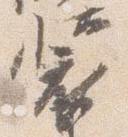
装